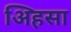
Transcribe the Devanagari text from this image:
अिहसा